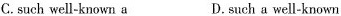
C. such well-known a D.such a well-known